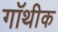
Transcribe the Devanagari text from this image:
गॉथीक